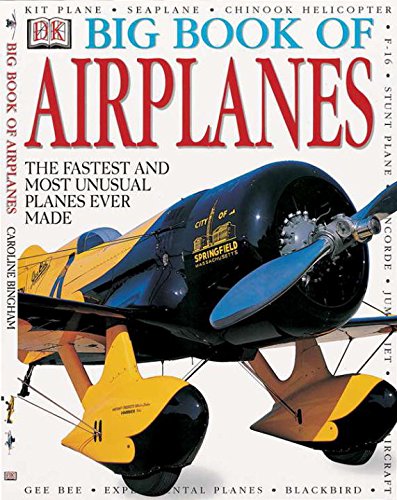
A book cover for Big Book of Airplanes; DK Publishing; Children's Books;